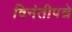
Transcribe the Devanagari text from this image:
विनंतीपत्रे